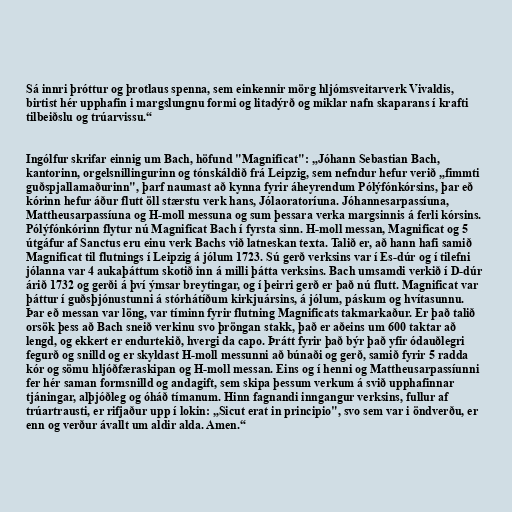
Sá innri þróttur og þrotlaus spenna, sem einkennir mörg hljómsveitarverk Vivaldis,
birtist hér upphafin i margslungnu formi og litadýrð og miklar nafn skaparans í krafti
tilbeiðslu og trúarvissu.“

Ingólfur skrifar einnig um Bach, höfund "Magnificat": „Jóhann Sebastian Bach,
kantorinn, orgelsnillingurinn og tónskáldið frá Leipzig, sem nefndur hefur verið „fimmti
guðspjallamaðurinn", þarf naumast að kynna fyrir áheyrendum Pólýfónkórsins, þar eð
kórinn hefur áður flutt öll stærstu verk hans, Jólaoratoríuna. Jóhannesarpassíuna,
Mattheusarpassíuna og H-moll messuna og sum þessara verka margsinnis á ferli kórsins.
Pólýfónkórinn flytur nú Magnificat Bach í fyrsta sinn. H-moll messan, Magnificat og 5
útgáfur af Sanctus eru einu verk Bachs við latneskan texta. Talið er, að hann hafi samið
Magnificat til flutnings í Leipzig á jólum 1723. Sú gerð verksins var í Es-dúr og í tilefni
jólanna var 4 aukaþáttum skotið inn á milli þátta verksins. Bach umsamdi verkið í D-dúr
árið 1732 og gerði á því ýmsar breytingar, og í þeirri gerð er það nú flutt. Magnificat var
þáttur í guðsþjónustunni á stórhátíðum kirkjuársins, á jólum, páskum og hvítasunnu.
Þar eð messan var löng, var tíminn fyrir flutning Magnificats takmarkaður. Er það talið
orsök þess að Bach sneið verkinu svo þröngan stakk, það er aðeins um 600 taktar að
lengd, og ekkert er endurtekið, hvergi da capo. Þrátt fyrir það býr það yfir ódauðlegri
fegurð og snilld og er skyldast H-moll messunni að búnaði og gerð, samið fyrir 5 radda
kór og sömu hljóðfæraskipan og H-moll messan. Eins og í henni og Mattheusarpassíunni
fer hér saman formsnilld og andagift, sem skipa þessum verkum á svið upphafinnar
tjáningar, alþjóðleg og óháð tímanum. Hinn fagnandi inngangur verksins, fullur af
trúartrausti, er rifjaður upp í lokin: „Sicut erat in principio", svo sem var i öndverðu, er
enn og verður ávallt um aldir alda. Amen.“